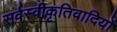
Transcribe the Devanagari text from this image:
सर्वस्वीकृतिवादियों